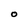
Character: O